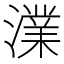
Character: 澲